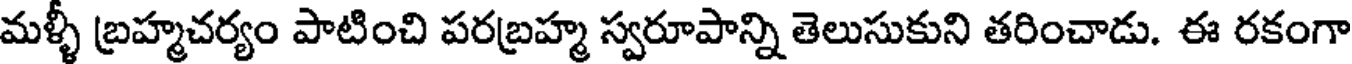
మళ్ళీ బ్రహ్మచర్యం పాటించి పరబ్రహ్మ స్వరూపాన్ని తెలుసుకుని తరించాడు. ఈ రకంగా